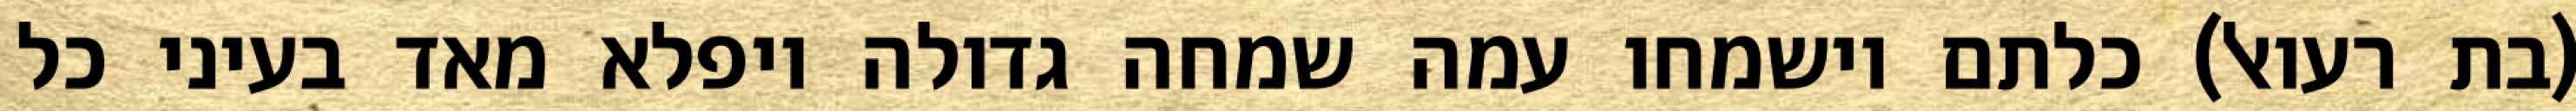
(בת רעואל) כלתם וישמחו עמה שמחה גדולה ויפלא מאד בעיני כל